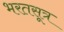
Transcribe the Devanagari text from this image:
भरतसूत्र